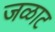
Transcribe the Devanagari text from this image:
जळाट